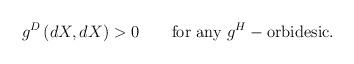
LaTeX: \begin{align*} g^D\left(dX,dX\right) > 0 \qquad \textrm{for any } g^H-\textrm{orbidesic}.\end{align*}